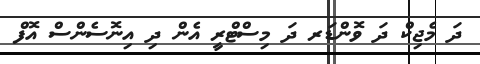
ދަ މެޖިކް ދަ ވޮންޑަރ ދަ މިސްޓްރީ އެން ދި އިނޮސެންސް އޮފް